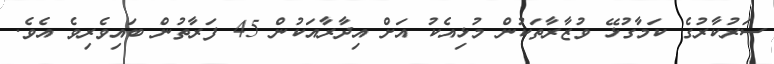
ސަރުކާރުގެ ކަމާގުޅޭ ވުޒާރާތަކުން މުޅިއެކު އަށް އިދާރާއަކުން 45 ފަރާތުން ބައިވެރިވެ އެވެ.